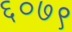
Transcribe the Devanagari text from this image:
६०७९